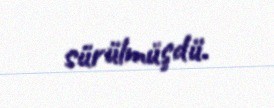
sürülmüşdü.